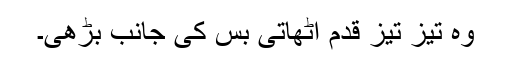
وہ تیز تیز قدم اٹھاتی بس کی جانب بڑھی۔